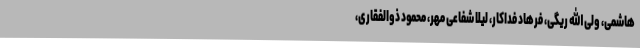
هاشمی، ولی الله ریگی، فرهاد فداکار، لیلا شفاعی مهر، محمود ذوالفقاری،